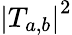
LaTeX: {\left|T_{a,b}\right|}^{2}